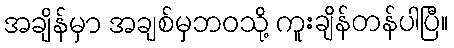
အချိန်မှာ အချစ်မှဘဝသို့ ကူးချိန်တန်ပါပြီ။